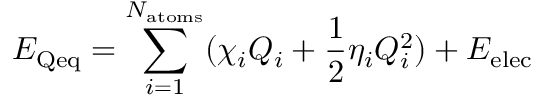
E _ { \mathrm { Q e q } } = \sum _ { i = 1 } ^ { N _ { \mathrm { a t o m s } } } ( \chi _ { i } Q _ { i } + \frac { 1 } { 2 } \eta _ { i } Q _ { i } ^ { 2 } ) + E _ { \mathrm { e l e c } }